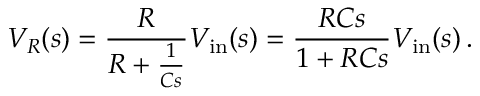
V _ { R } ( s ) = { \frac { R } { R + { \frac { 1 } { C s } } } } V _ { \mathrm { i n } } ( s ) = { \frac { R C s } { 1 + R C s } } V _ { \mathrm { i n } } ( s ) \, .